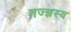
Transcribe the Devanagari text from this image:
तज्ज्ञस्य